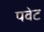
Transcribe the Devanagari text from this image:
पवेट